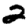
Digit: 2